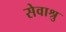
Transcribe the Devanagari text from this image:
सेवाश्रु